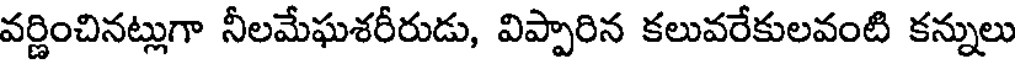
వర్ణించినట్లుగా నీలమేఘశరీరుడు, విప్పారిన కలువరేకులవంటి కన్నులు